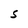
Character: s